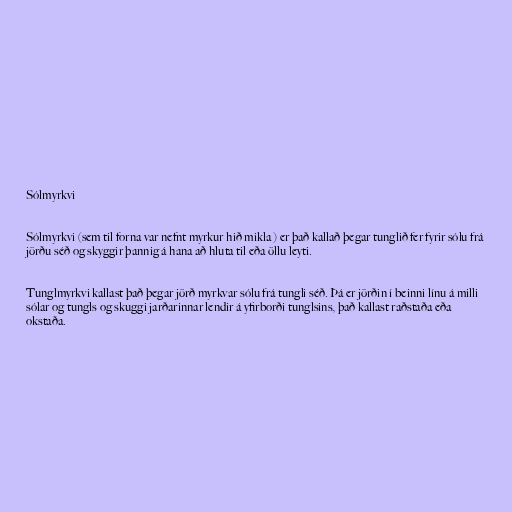
Sólmyrkvi

Sólmyrkvi (sem til forna var nefnt myrkur hið mikla ) er það kallað þegar tunglið fer fyrir sólu frá
jörðu séð og skyggir þannig á hana að hluta til eða öllu leyti.

Tunglmyrkvi kallast það þegar jörð myrkvar sólu frá tungli séð. Þá er jörðin í beinni línu á milli
sólar og tungls og skuggi jarðarinnar lendir á yfirborði tunglsins, það kallast raðstaða eða
okstaða.